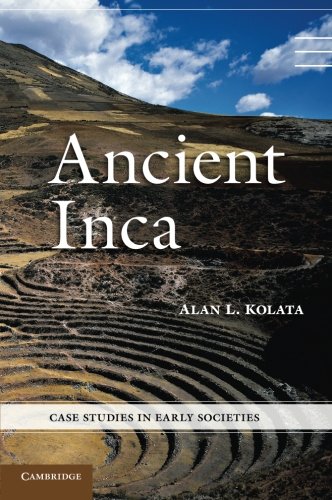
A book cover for Ancient Inca (Case Studies in Early Societies); Alan L. Kolata; History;